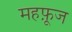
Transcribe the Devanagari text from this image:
महफ़ूज